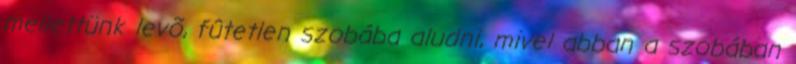
mellettünk levõ, fûtetlen szobába aludni, mivel abban a szobában